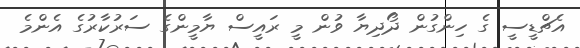
އެޗްޑީސީ ގެ ހިންގުން ދޯދިޔާ ވުން މީ ރައީސް ޔާމީންގެ ސަރުކާރުގެ އެންމެ